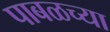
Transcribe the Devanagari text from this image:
पाबळच्या